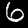
Label: 6